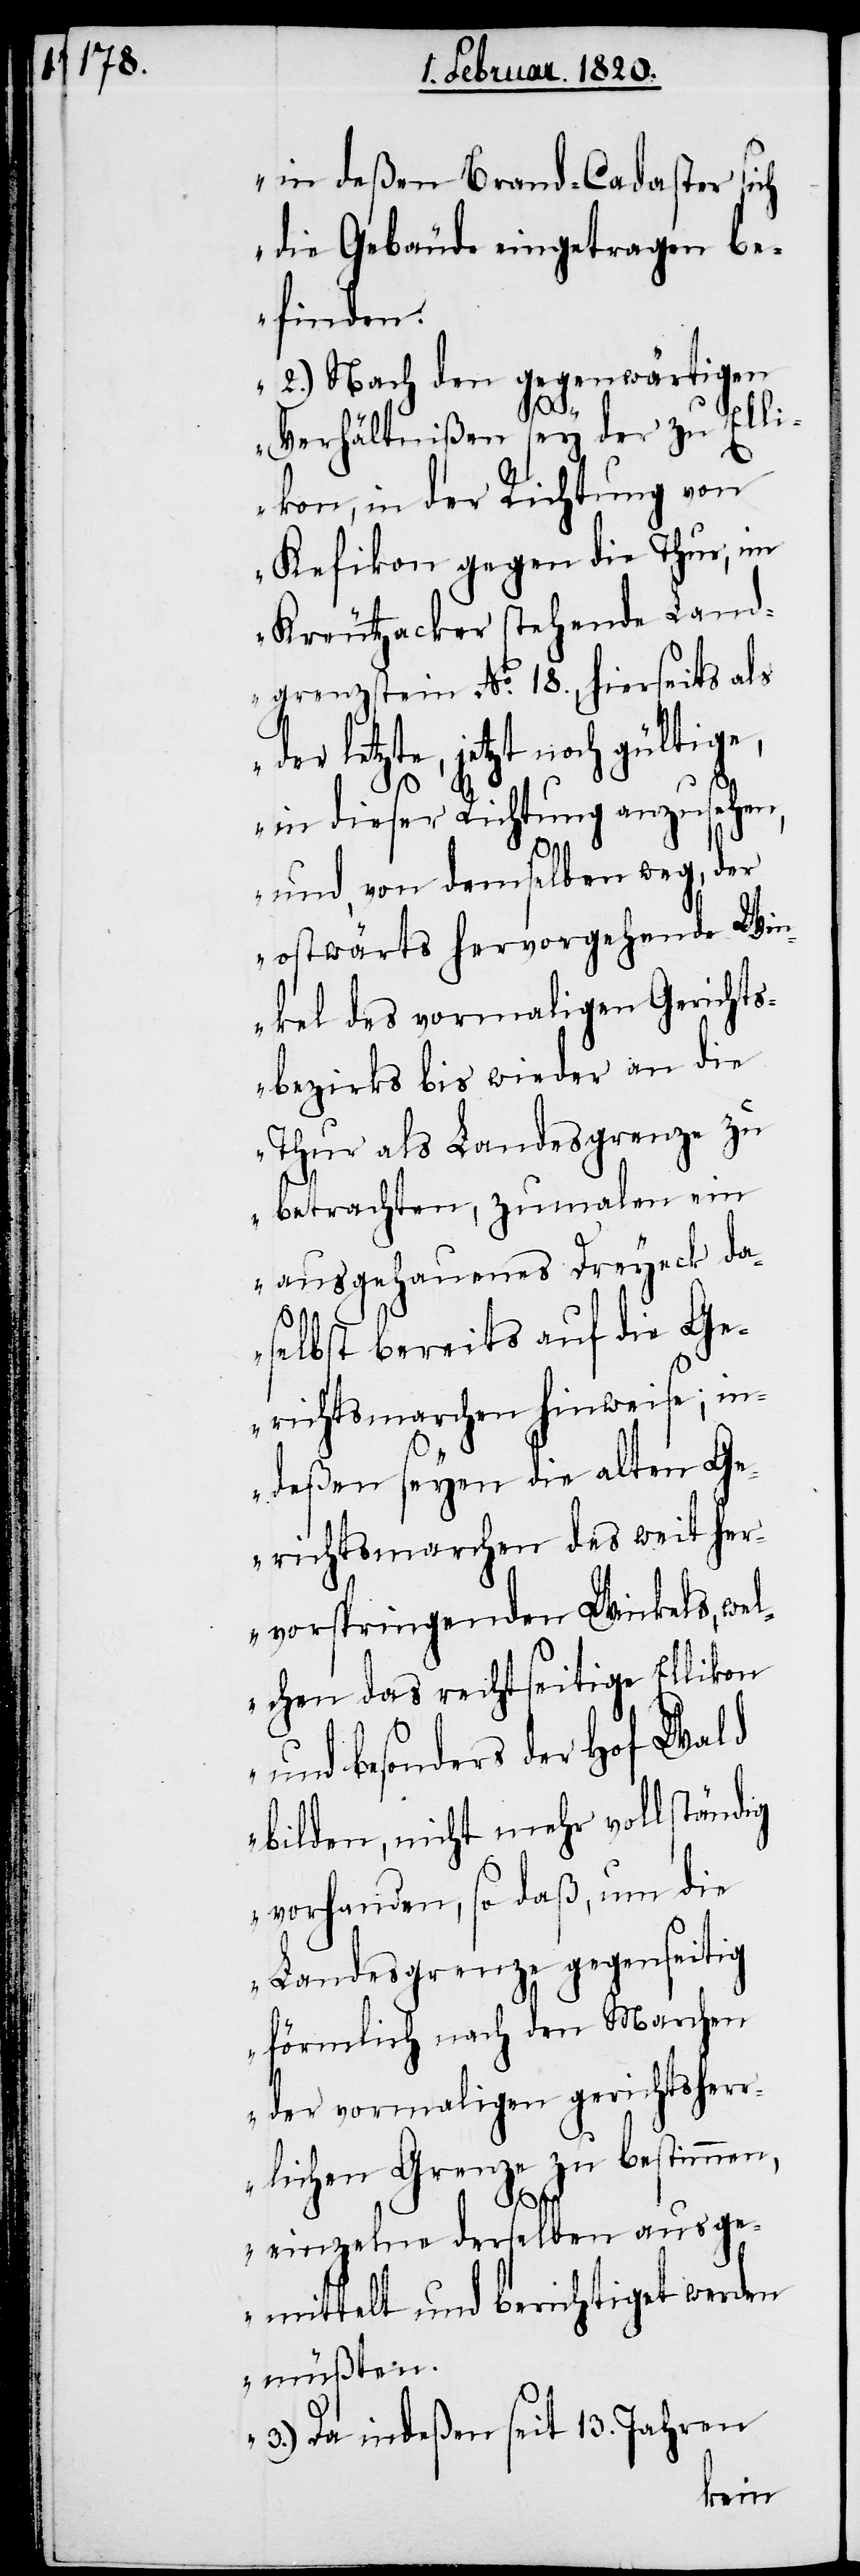
in deßen Brand-Cadaster sich
die Gebäude eingetragen be¬
finden.
2.) Nach den gegenwärtigen
Verhältnißen sey der zu Elli¬
kon, in der Richtung von
Kefikon gegen die Thur, im
Kreutzacker stehende Land¬
grenzstein No. 18., hierseits als
der letzte, jetzt noch gültige,
n,
in dieser Richtung anzusehen,
und, von demselben weg, der
ostwärts hervorgehende Win¬
kel des vormaligen Gerichts¬
bezirks bis wieder an die
Thur als Landesgrenze zu
betrachten, zumalen ein
ausgehauenes Dreyeck da¬
selbst bereits auf die Ge¬
richtsmarchen hinweise; in¬
deßen seyen die alten Ge¬
richtsmarchen des weit her¬
vorspringenden Winkels, wel¬
chen das rechtseitige Ellikon
und besonders der Hof Wald
bilden, nicht mehr vollständig
vorhanden, so daß, um die
Landesgrenze gegenseitig
förmlich nach den Marchen
der vormaligen gerichtsherr¬
lichen Grenze zu bestimme¬
einzelne derselben ausge¬
mittelt und berichtiget werden
müßten.
3.) Da indeßen seit 13. Jahren